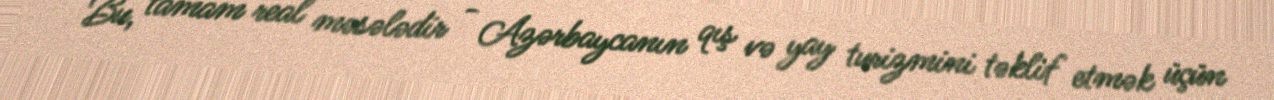
Bu, tamam real məsələdir - Azərbaycanın qış və yay turizmini təklif etmək üçün